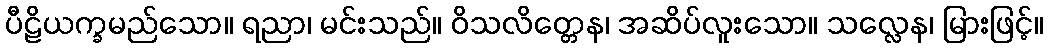
ပီဠိယက္ခမည်သော။ ရညာ၊ မင်းသည်။ ဝိသလိတ္တေန၊ အဆိပ်လူးသော။ သလ္လေန၊ မြားဖြင့်။